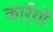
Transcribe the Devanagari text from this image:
कार्र्यों